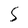
Character: S